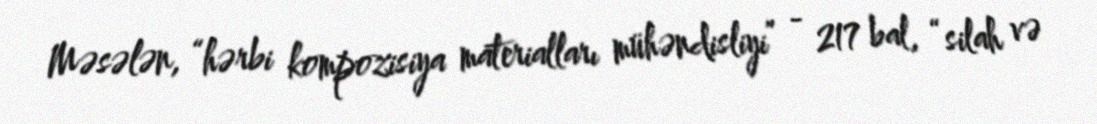
Məsələn, “hərbi kompozisiya materialları mühəndisliyi” - 217 bal, “silah və